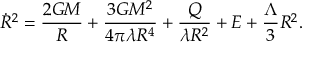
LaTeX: { \dot { R } } ^ { 2 } = \frac { 2 G M } { R } + \frac { 3 G M ^ { 2 } } { 4 \pi \lambda R ^ { 4 } } + \frac { Q } { \lambda R ^ { 2 } } + E + \frac { \Lambda } { 3 } R ^ { 2 } .